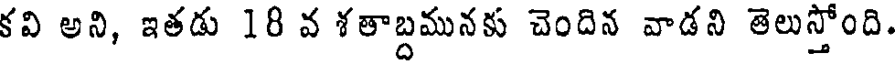
కవి అని, ఇతడు 18 వ శతాబ్దమునకు చెందిన వాడని తెలుస్తోంది.